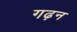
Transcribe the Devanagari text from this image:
गढ़न